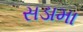
સડામા